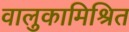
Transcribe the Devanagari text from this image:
वालुकामिश्रित